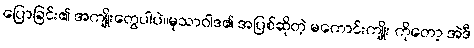
ပြောခြင်း၏ အကျိုးတွေပါပဲ။မုသာဝါဒ၏ အပြစ်ဆိုတဲ့ မကောင်းကျိုး ကိုတော့ အဲဒီ